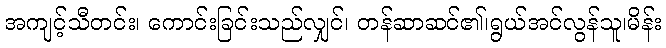
အကျင့်သီတင်း၊ ကောင်းခြင်းသည်လျှင်၊ တန်ဆာဆင်၏၊ရွယ်အင်လွန်သူ၊မိန်း